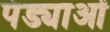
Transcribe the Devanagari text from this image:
पंड्याओं